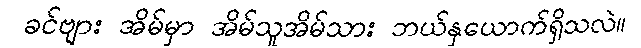
ခင်ဗျား အိမ်မှာ အိမ်သူအိမ်သား ဘယ်နှယောက်ရှိသလဲ။